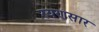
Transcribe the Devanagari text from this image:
रयणसार